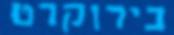
בירוקרט